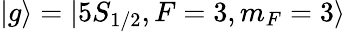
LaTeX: |g\rangle=|5S_{1/2},F=3,m_{F}=3\rangle